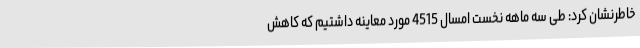
خاطرنشان کرد: طی سه ماهه نخست امسال 4515 مورد معاینه داشتیم که کاهش